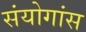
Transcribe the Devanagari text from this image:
संयोगांस